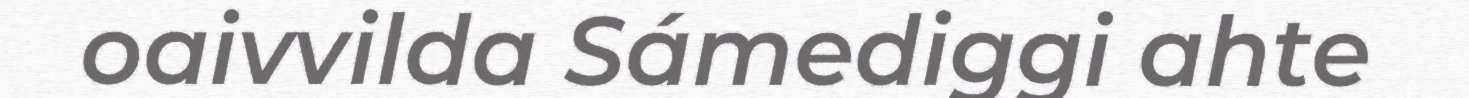
oaivvilda Sámediggi ahte